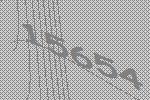
15654